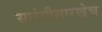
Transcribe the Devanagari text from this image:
सारंगीसारखेच